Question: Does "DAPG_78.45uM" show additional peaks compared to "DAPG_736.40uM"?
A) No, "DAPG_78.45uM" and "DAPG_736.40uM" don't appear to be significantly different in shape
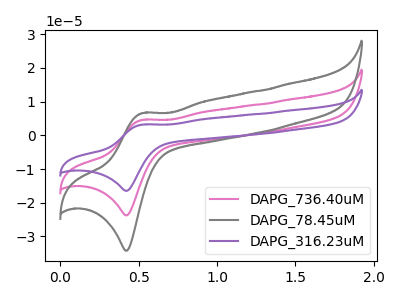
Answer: <think>The pink curve "DAPG_736.40uM" has an anodic peak at (0.50V, 4.60uA) and a cathodic peak at (0.40V, -23.75uA). The gray curve "DAPG_78.45uM" has an anodic peak at (0.50V, 6.60uA) and a cathodic peak at (0.40V, -34.25uA). The purple curve "DAPG_316.23uM" has an anodic peak at (0.50V, 9.15uA) and a cathodic peak at (0.40V, -47.50uA).
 All the peaks in "DAPG_78.45uM" have a peak in "DAPG_736.40uM" at the same potential. Every peak in "DAPG_78.45uM" is higher than every peak in "DAPG_736.40uM".</think>
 <answer>A) No, "DAPG_78.45uM" and "DAPG_736.40uM" don't appear to be significantly different in shape</answer>
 <eval>A</eval>